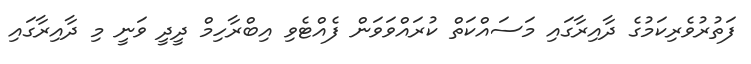
ފަތުރުވެރިކަމުގެ ދާއިރާގައި މަސައްކަތް ކުރައްވަވަން ފެއްޓެވި އިބްރާހިމް ދީދީ ވަނީ މި ދާއިރާގައި